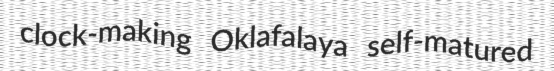
clock-making Oklafalaya self-matured